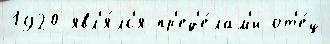
1920 явл'я́лс'я пр'ед'е́лам'и от'е́ц